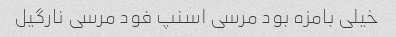
خیلی بامزه بود مرسی اسنپ فود مرسی نارگیل